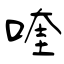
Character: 喹